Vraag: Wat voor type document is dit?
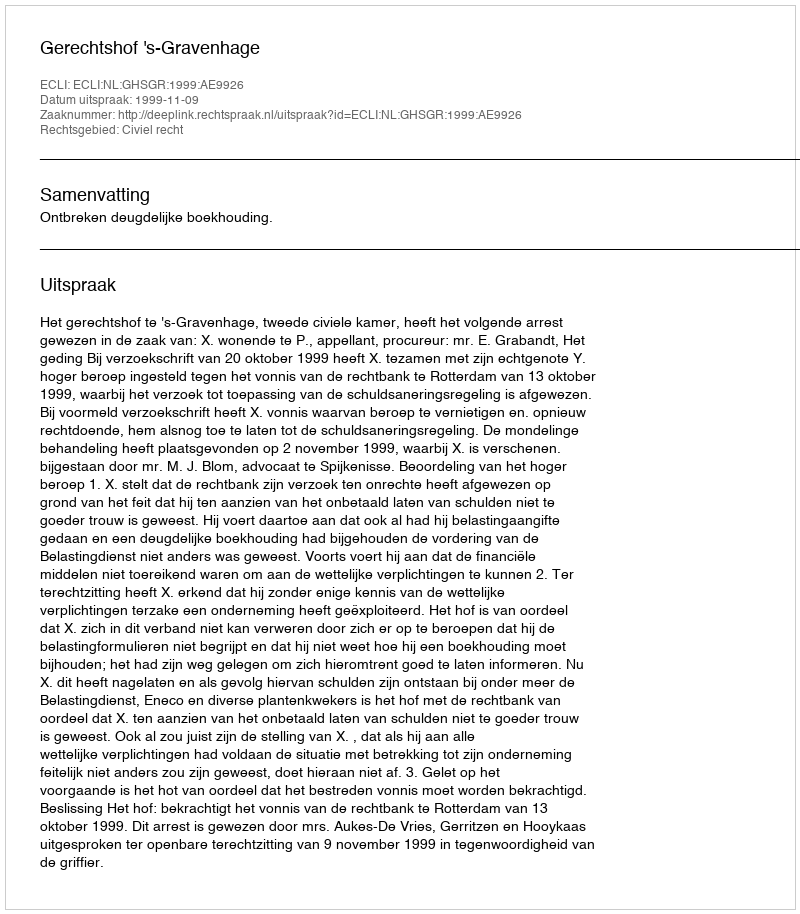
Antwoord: Uitspraak